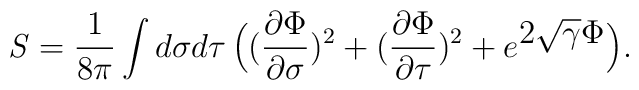
{\it S}={1\over 8\pi } \int d\sigma d\tau\, \Bigl ( ({\partial \Phi\over \partial \sigma})^2+({\partial \Phi\over \partial \tau})^2+e^{\displaystyle 2\sqrt{\gamma} \Phi} \Bigr ).